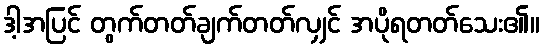
ဒါ့အပြင် တွက်တတ်ချက်တတ်လျှင် အပိုရတတ်သေး၏။